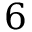
6